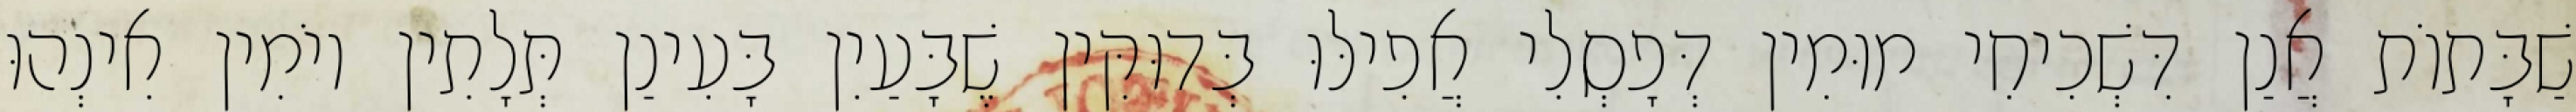
שַׁבָּתוֹת אֲנַן דִּשְׁכִיחִי מוּמִין דְּפָסְלִי אֲפִילּוּ בְּדוּקִּין שֶׁבָּעַיִן בָּעִינַן תְּלָתִין יוֹמִין אִינְהוּ